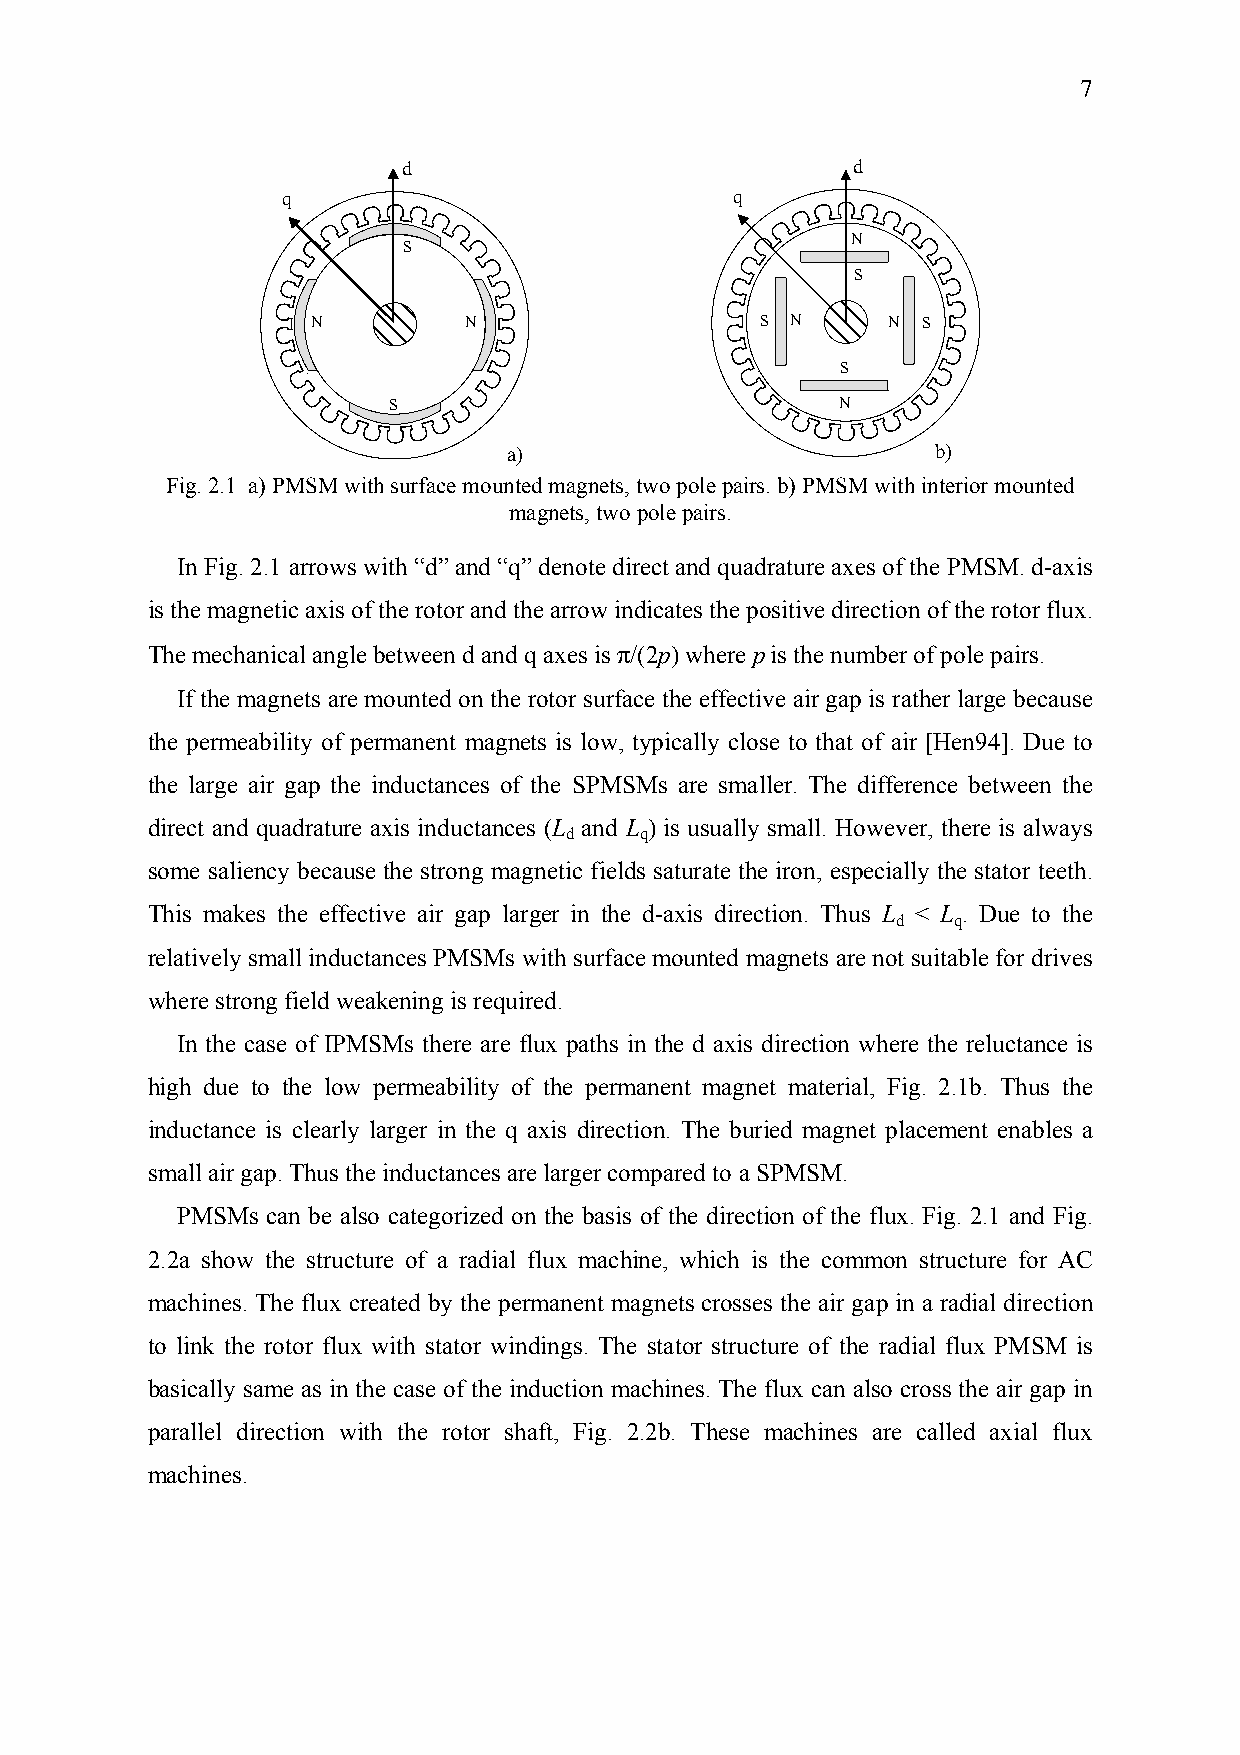
7
 d                            d
 q                             q
 N
 S
 S
 N         N                  S N      N S
 S
 S                             N
 a)                          b)
 Fig. 2.1 a) PMSM with surface mounted magnets, two pole pairs. b) PMSM with interior mounted
 magnets, two pole pairs.
 In Fig. 2.1 arrows with “d” and “q” denote direct and quadrature axes of the PMSM. d-axis
 is the magnetic axis of the rotor and the arrow indicates the positive direction of the rotor flux.
 The mechanical angle between d and q axes is π/(2p) where p is the number of pole pairs.
 If the magnets are mounted on the rotor surface the effective air gap is rather large because
 the permeability of permanent magnets is low, typically close to that of air [Hen94]. Due to
 the large air gap the inductances of the SPMSMs are smaller. The difference between the
 direct and quadrature axis inductances (L and L ) is usually small. However, there is always
 d    q
 some saliency because the strong magnetic fields saturate the iron, especially the stator teeth.
 This makes the effective air gap larger in the d-axis direction. Thus L < L . Due to the
 d   q
 relatively small inductances PMSMs with surface mounted magnets are not suitable for drives
 where strong field weakening is required.
 In the case of IPMSMs there are flux paths in the d axis direction where the reluctance is
 high due to the low permeability of the permanent magnet material, Fig. 2.1b. Thus the
 inductance is clearly larger in the q axis direction. The buried magnet placement enables a
 small air gap. Thus the inductances are larger compared to a SPMSM.
 PMSMs can be also categorized on the basis of the direction of the flux. Fig. 2.1 and Fig.
 2.2a show the structure of a radial flux machine, which is the common structure for AC
 machines. The flux created by the permanent magnets crosses the air gap in a radial direction
 to link the rotor flux with stator windings. The stator structure of the radial flux PMSM is
 basically same as in the case of the induction machines. The flux can also cross the air gap in
 parallel direction with the rotor shaft, Fig. 2.2b. These machines are called axial flux
 machines.